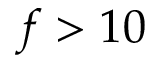
f > 1 0